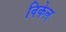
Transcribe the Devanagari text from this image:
विकेल